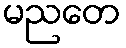
မညတေ